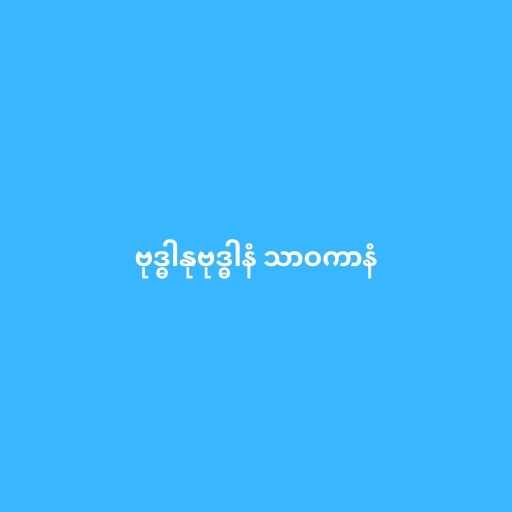
ဗုဒ္ဓါနုဗုဒ္ဓါနံ သာဝကာနံ